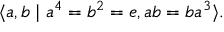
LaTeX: \langle a , b \mid a ^ { 4 } = b ^ { 2 } = e , a b = b a ^ { 3 } \rangle .